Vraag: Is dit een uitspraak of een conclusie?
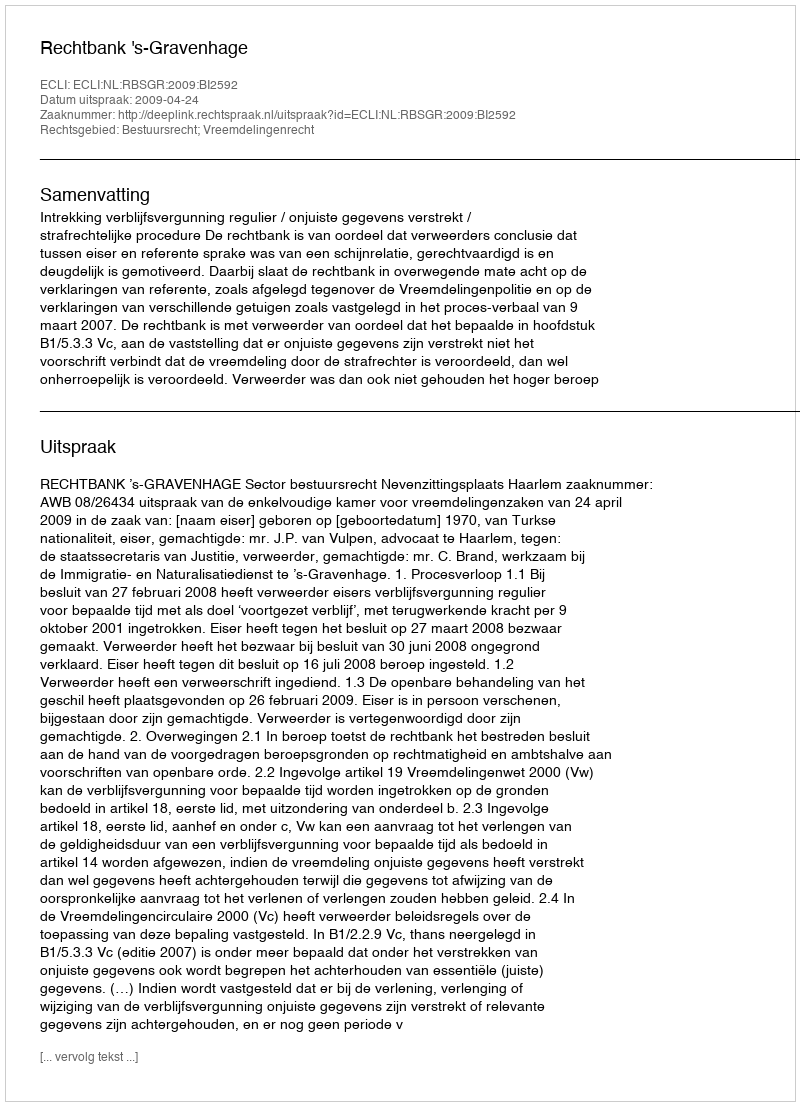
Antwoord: Uitspraak